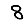
Digit: 8